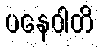
ပနေဝါတိ